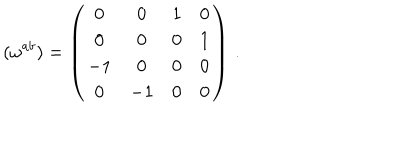
( \omega ^ { a b } ) = \left( \begin{array} { c c c c } { { 0 } } & { { 0 } } & { { 1 } } & { { 0 } } \\ { { 0 } } & { { 0 } } & { { 0 } } & { { 1 } } \\ { { - 1 } } & { { 0 } } & { { 0 } } & { { 0 } } \\ { { 0 } } & { { - 1 } } & { { 0 } } & { { 0 } } \\ \end{array} \right) \, .